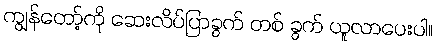
ကျွန်တော့်ကို ဆေးလိပ်ပြာခွက် တစ် ခွက် ယူလာပေးပါ။